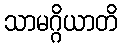
သာမဂ္ဂိယာတိ